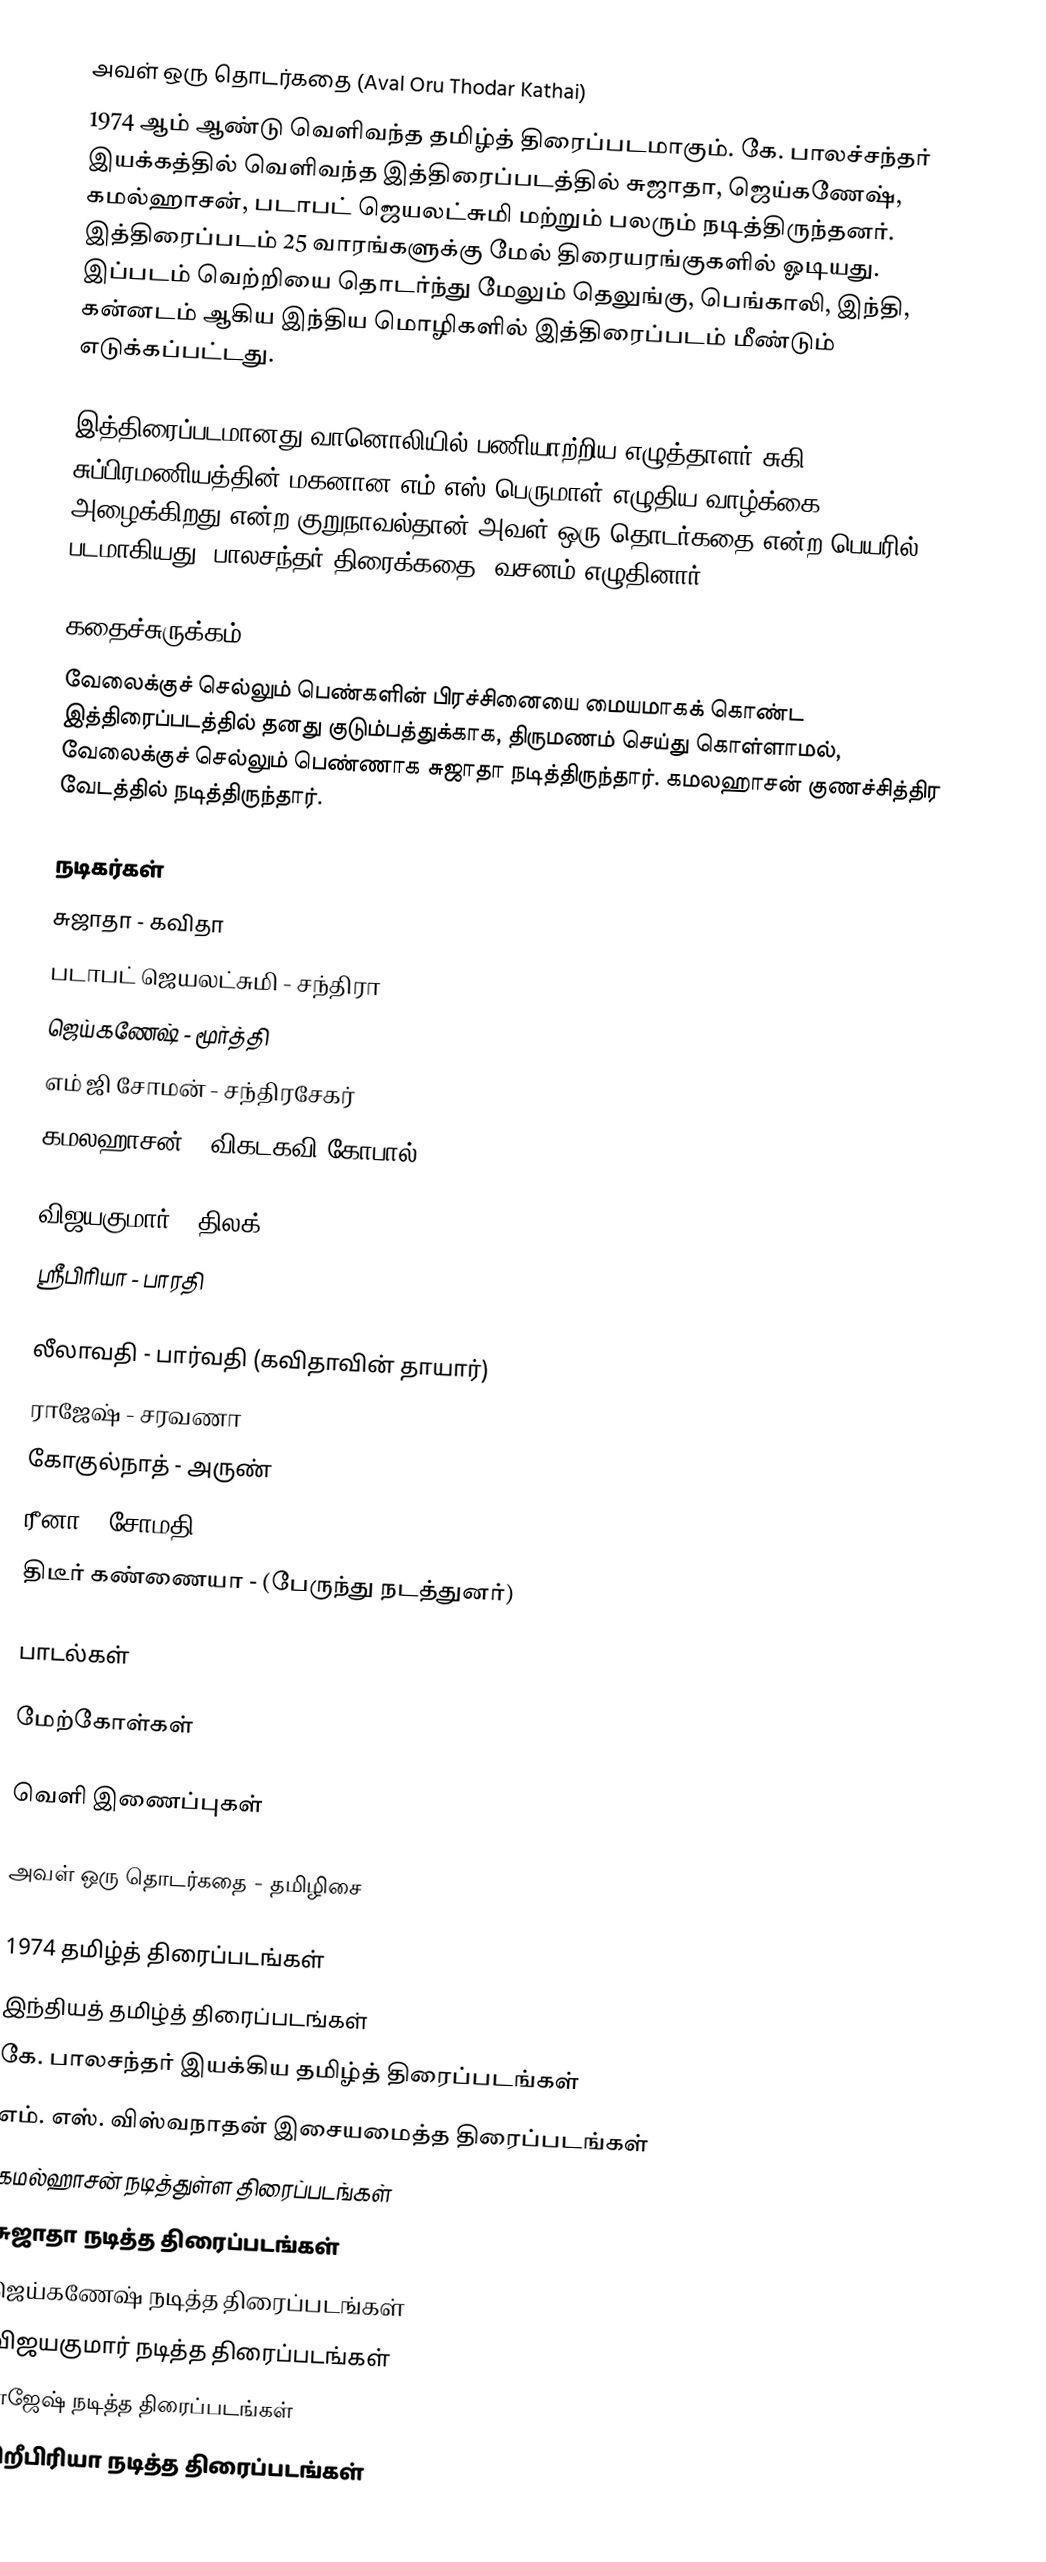
அவள் ஒரு தொடர்கதை (Aval Oru Thodar Kathai)
1974 ஆம் ஆண்டு வெளிவந்த தமிழ்த் திரைப்படமாகும். கே. பாலச்சந்தர் இயக்கத்தில் வெளிவந்த இத்திரைப்படத்தில் சுஜாதா, ஜெய்கணேஷ், கமல்ஹாசன்,  படாபட் ஜெயலட்சுமி மற்றும் பலரும் நடித்திருந்தனர். இத்திரைப்படம் 25 வாரங்களுக்கு மேல் திரையரங்குகளில் ஓடியது. இப்படம் வெற்றியை தொடர்ந்து மேலும் தெலுங்கு, பெங்காலி, இந்தி, கன்னடம் ஆகிய இந்திய மொழிகளில் இத்திரைப்படம் மீண்டும் எடுக்கப்பட்டது.

இத்திரைப்படமானது வானொலியில் பணியாற்றிய எழுத்தாளர் சுகி சுப்பிரமணியத்தின் மகனான எம்.எஸ்.பெருமாள் எழுதிய வாழ்க்கை அழைக்கிறது என்ற குறுநாவல்தான் அவள் ஒரு தொடர்கதை என்ற பெயரில் படமாகியது. பாலசந்தர் திரைக்கதை, வசனம் எழுதினார்.

கதைச்சுருக்கம்
வேலைக்குச் செல்லும் பெண்களின் பிரச்சினையை மையமாகக் கொண்ட இத்திரைப்படத்தில் தனது குடும்பத்துக்காக, திருமணம் செய்து கொள்ளாமல், வேலைக்குச் செல்லும் பெண்ணாக சுஜாதா நடித்திருந்தார். கமலஹாசன் குணச்சித்திர வேடத்தில் நடித்திருந்தார்.

நடிகர்கள்
 சுஜாதா - கவிதா
 படாபட் ஜெயலட்சுமி - சந்திரா
 ஜெய்கணேஷ் - மூர்த்தி
 எம் ஜி சோமன் - சந்திரசேகர்
 கமலஹாசன் - விகடகவி கோபால்

 விஜயகுமார் - திலக்
 ஸ்ரீபிரியா - பாரதி

 லீலாவதி - பார்வதி (கவிதாவின் தாயார்)
 ராஜேஷ் - சரவணா
 கோகுல்நாத் - அருண்
 ரீனா - சோமதி
 திடீர் கண்ணையா - (பேருந்து நடத்துனர்)

பாடல்கள்

மேற்கோள்கள்

வெளி இணைப்புகள்

 அவள்  ஒரு தொடர்கதை - தமிழிசை

1974 தமிழ்த் திரைப்படங்கள்
இந்தியத் தமிழ்த் திரைப்படங்கள்
கே. பாலசந்தர் இயக்கிய தமிழ்த் திரைப்படங்கள்
எம். எஸ். விஸ்வநாதன் இசையமைத்த திரைப்படங்கள்
கமல்ஹாசன் நடித்துள்ள திரைப்படங்கள்
சுஜாதா நடித்த திரைப்படங்கள்
ஜெய்கணேஷ் நடித்த திரைப்படங்கள்
விஜயகுமார் நடித்த திரைப்படங்கள்
ராஜேஷ் நடித்த திரைப்படங்கள்
சிறீபிரியா நடித்த திரைப்படங்கள்